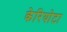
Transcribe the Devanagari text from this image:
केरियोटा